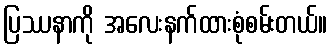
ပြဿနာကို အလေးနက်ထားစုံစမ်းတယ်။